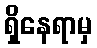
ရှိနေရာမှ